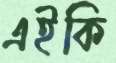
এইকি